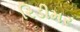
રિડીમર